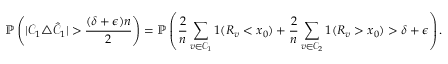
\mathbb { P } \left( | \mathcal { C } _ { 1 } \triangle \hat { \mathcal { C } } _ { 1 } | > \frac { ( \delta + \epsilon ) n } { 2 } \right) = \mathbb { P } \left( \frac { 2 } { n } \sum _ { v \in \mathcal { C } _ { 1 } } 1 ( R _ { v } < x _ { 0 } ) + \frac { 2 } { n } \sum _ { v \in \mathcal { C } _ { 2 } } 1 ( R _ { v } > x _ { 0 } ) > \delta + \epsilon \right) .